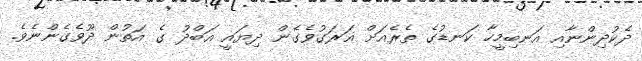
ދެކުދިންނާއި އަނބިމީހާ ކަނޑުގެ ތެރެއަށް ޣަރަގުވެގެން ދިޔައީ އަބްދު ގެ އަތުން ދޫވެގެންނެވެ.